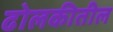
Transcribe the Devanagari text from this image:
ढोलकीतील